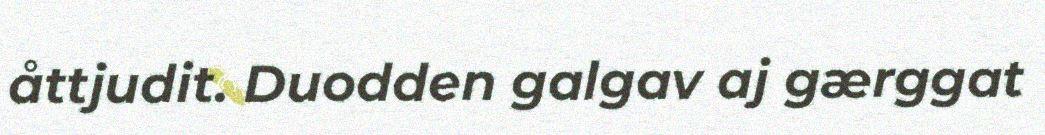
åttjudit. Duodden galgav aj gærggat